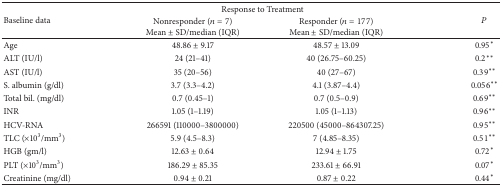
<table><thead><tr><td rowspan="2"><b> Baseline data</b></td><td colspan="2"><b> Response to Treatment</b></td><td rowspan="2"><b><i>P</i></b></td></tr><tr><td><b>Nonresponder (<i>n</i> = 7)Mean ± SD/median (IQR)</b></td><td><b>Responder (<i>n</i> = 177) Mean ± SD/median (IQR)</b></td></tr></thead><tbody><tr><td>Age</td><td>48.86 ± 9.17</td><td>48.57 ± 13.09</td><td>0.95<sup><i>∗</i></sup></td></tr><tr><td>ALT (IU/l)</td><td>24 (21–41)</td><td>40 (26.75–60.25)</td><td>0.2<sup><i>∗∗</i></sup></td></tr><tr><td>AST (IU/l)</td><td>35 (20–56)</td><td>40 (27–67)</td><td>0.39<sup><i>∗∗</i></sup></td></tr><tr><td>S. albumin (g/dl)</td><td>3.7 (3.3–4.2)</td><td>4.1 (3.87–4.4)</td><td>0.056<sup><i>∗∗</i></sup></td></tr><tr><td>Total bil. (mg/dl)</td><td>0.7 (0.45–1)</td><td>0.7 (0.5–0.9)</td><td>0.69<sup><i>∗∗</i></sup></td></tr><tr><td>INR</td><td>1.05 (1–1.19)</td><td>1.05 (1–1.13)</td><td>0.96<sup><i>∗∗</i></sup></td></tr><tr><td>HCV-RNA</td><td>266591 (110000–3800000)</td><td>220500 (45000–864307.25)</td><td>0.95<sup><i>∗∗</i></sup></td></tr><tr><td>TLC (×10<sup>3</sup>/mm<sup>3</sup>)</td><td>5.9 (4.5–8.3)</td><td>7 (4.85–8.35)</td><td>0.51<sup><i>∗∗</i></sup></td></tr><tr><td>HGB (gm/l)</td><td>12.63 ± 0.64</td><td>12.94 ± 1.75</td><td>0.72<sup><i>∗</i></sup></td></tr><tr><td>PLT (×10<sup>3</sup>/mm<sup>3</sup>)</td><td>186.29 ± 85.35</td><td>233.61 ± 66.91</td><td>0.07<sup><i>∗</i></sup></td></tr><tr><td>Creatinine (mg/dl)</td><td>0.94 ± 0.21</td><td>0.87 ± 0.22</td><td>0.44<sup><i>∗</i></sup></td></tr></tbody></table>